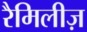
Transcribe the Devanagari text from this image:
रैमिलीज़